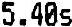
5.40S